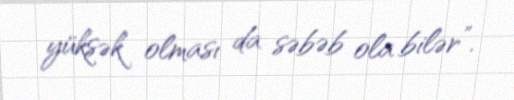
yüksək olması da səbəb ola bilər”.